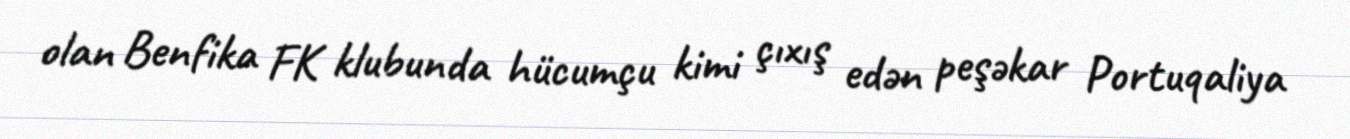
olan Benfika FK klubunda hücumçu kimi çıxış edən peşəkar Portuqaliya